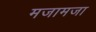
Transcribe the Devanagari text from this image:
मजामजा